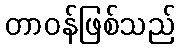
တာဝန်ဖြစ်သည်